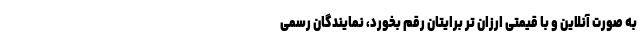
به صورت آنلاین و با قیمتی ارزان تر برایتان رقم بخورد، نمایندگان رسمی